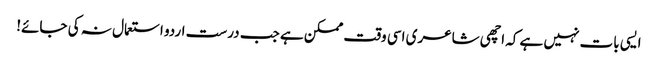
ایسی بات نہیں ہے کہ اچھی شاعری اسی وقت ممکن ہے جب درست اردو استعمال نہ کی جائے!